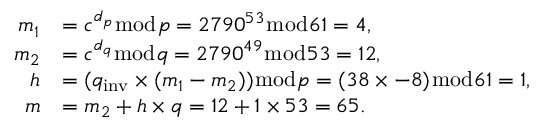
{ \begin{array} { r l } { m _ { 1 } } & { = c ^ { d _ { p } } { \bmod { p } } = 2 7 9 0 ^ { 5 3 } { \bmod { 6 } } 1 = 4 , } \\ { m _ { 2 } } & { = c ^ { d _ { q } } { \bmod { q } } = 2 7 9 0 ^ { 4 9 } { \bmod { 5 } } 3 = 1 2 , } \\ { h } & { = ( q _ { \mathrm { i n v } } \times ( m _ { 1 } - m _ { 2 } ) ) { \bmod { p } } = ( 3 8 \times - 8 ) { \bmod { 6 } } 1 = 1 , } \\ { m } & { = m _ { 2 } + h \times q = 1 2 + 1 \times 5 3 = 6 5 . } \end{array} }